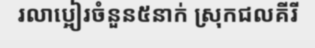
រលាប្អៀរចំនួន៥នាក់ ស្រុកជលគីរី